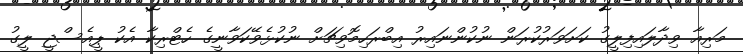
މަރިއާ ވިދާލައިފިލީގު ކަށަވަރުކުރަން ނުކުންނައިރު އިބްރަހިމޮވިޗަށް ނުކުޅެވޭކަވާނީގެ ހެޓްރިކާ އެކު ޕީއެސްޖީ ލީގު